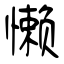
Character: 懒